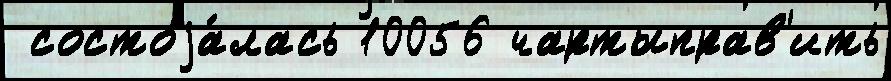
 состоjа́лась 10056 чартыправ'ить